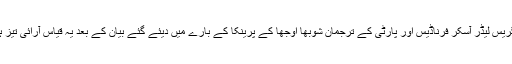
سینئر کانگریس لیڈر آسکر فرناڈيس اور پارٹی کے ترجمان شوبھا اوجھا کے پرینکا کے بارے میں دیئے گئے بیان کے بعد یہ قیاس آرائی تیز ہوگئی تھی۔